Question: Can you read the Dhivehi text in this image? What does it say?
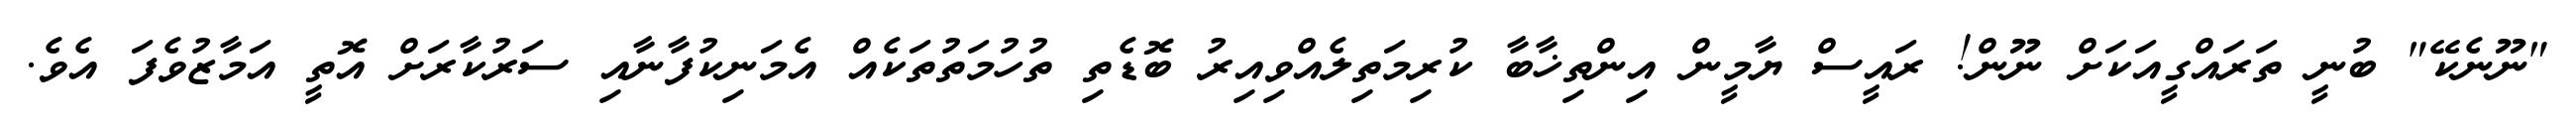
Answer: "ނޫނެކޭ" ބުނީ ތަރައްގީއަކަށް ނޫން! ރައީސް ޔާމީން އިންތިޚާބާ ކުރިމަތިލެއްވިއިރު ބޮޑެތި ތުހުމަތުތަކެއް އެމަނިކުފާނާއި ސަރުކާރަށް އޮތީ އަމާޒުވެފަ އެވެ.